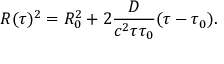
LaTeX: R ( \tau ) ^ { 2 } = R _ { 0 } ^ { 2 } + 2 \frac { D } { { c ^ { 2 } } { \tau \tau _ { 0 } } } ( \tau - \tau _ { 0 } ) .